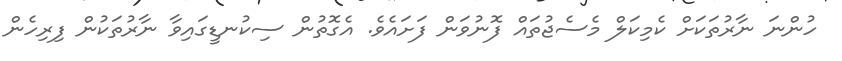
ހުންނަ ނާރުތަކަށް ކެމިކަލް މެސެޖުތައް ފޮނުވަން ފަށައެވެ. އެގޮތުން ސިކުނޑީގައިވާ ނާރުތަކުން ފިރިހެން